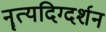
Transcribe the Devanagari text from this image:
नॄत्यदिग्दर्शन